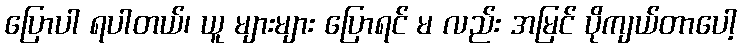
ပြောပါ ရပါတယ်၊ ယူ များများ ပြောရင် မ လည်း အမြင် ပိုကျယ်တာပေါ့